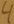
Text: 4